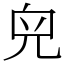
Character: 𠒇